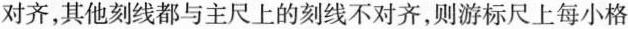
对齐，其他刻线都与主尺上的刻线不对齐，则游标尺上每小格